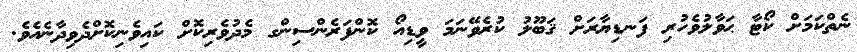
ނެތްކަމަށް ކޯޓާ ޙަވާލުވެހުރި ފަނޑިޔާރަށް ޤަބޫލު ކުރެވޭނަމަ ވީޑިއޯ ކޮންފަރެންސިންގ މެދުވެރިކޮށް ކައިވެނިކޮށްދެވިދާނެއެވެ.